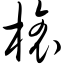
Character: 榱